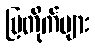
ပြတိုက်များ